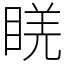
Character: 𥇉